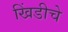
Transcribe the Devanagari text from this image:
खिंडीचे